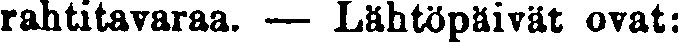
rahtitavaraa. — Lähtöpäivät ovat: